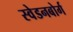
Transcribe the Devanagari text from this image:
स्वेडनबोर्ग